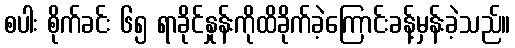
စပါး စိုက်ခင်း ၆၅ ရာခိုင်နှုန်းကိုထိခိုက်ခဲ့ကြောင်းခန့်မှန်းခဲ့သည်။